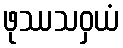
ဖုဿသဝှယံ